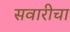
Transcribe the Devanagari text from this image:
सवारीचा